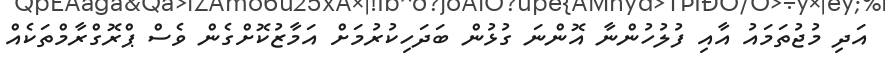
އަދި މުޖުތަމައު އާއި ފުލުހުންނާ އޮންނަ ގުޅުން ބަދަހިކުރުމަށް އަމާޒުކޮށްގެން ވެސް ޕްރޮގްރާމްތަކެއް